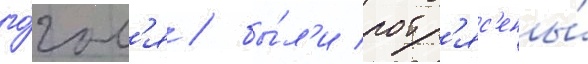
го́гол'я / бы́л'и потр'яс'ены́